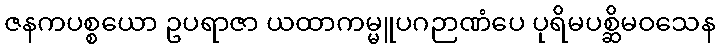
ဇနကပစ္စယော ဥပရာဇာ ယထာကမ္မူပဂဉာဏံပေ ပုရိမပစ္ဆိမဝသေန